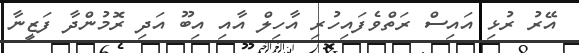
އޭރު ރުޅި އައިސް ރަތްވެފައިހުރި އާހިލް އާއި އިބޫ އަދި ރޮމުންދާ ފަޒީނާ